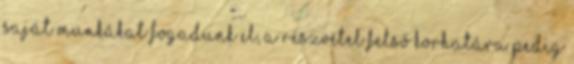
saját munkákat fogadunk el, a részvétel felső korhatára pedig